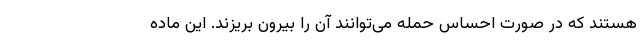
هستند که در صورت احساس حمله می‌توانند آن را بیرون بریزند. این ماده